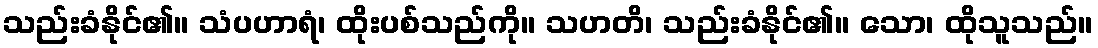
သည်းခံနိုင်၏။ သံပဟာရံ၊ ထိုးပစ်သည်ကို။ သဟတိ၊ သည်းခံနိုင်၏။ သော၊ ထိုသူသည်။